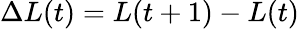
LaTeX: \Delta L(t)=L(t+1)-L(t)